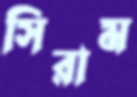
সিরাম